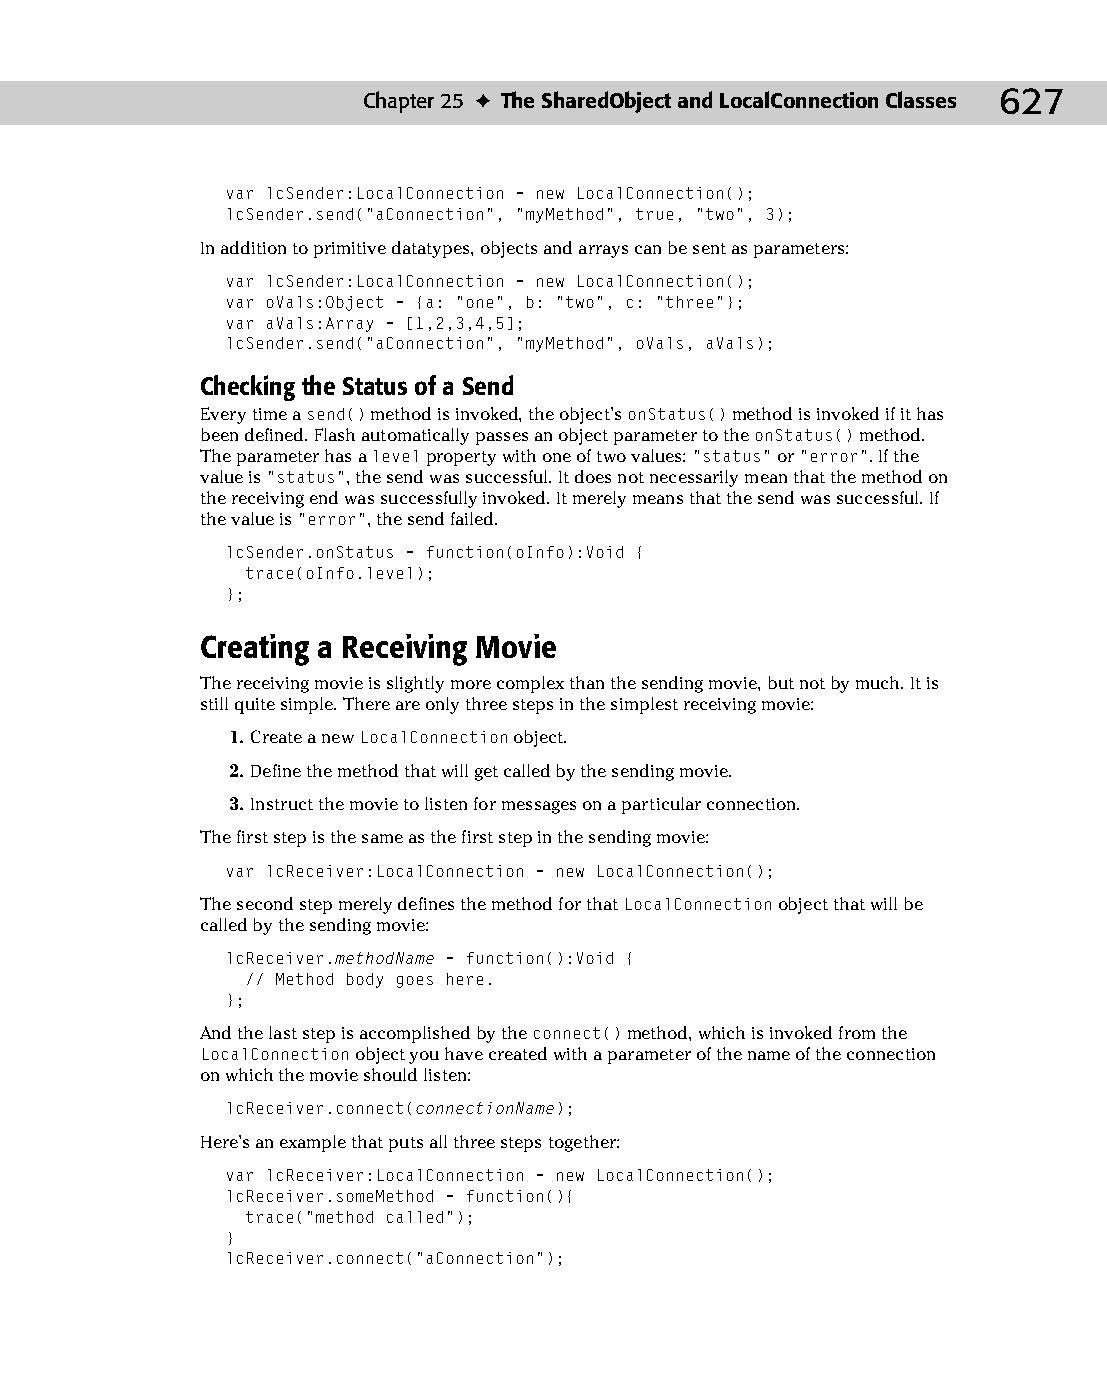
33 543547 ch25.qxd 3/24/04 4:08 PM Page 627
 Chapter 25 ✦ The SharedObject and LocalConnection Classes 627
 var lcSender:LocalConnection = new LocalConnection();
 lcSender.send(“aConnection”, “myMethod”, true, “two”, 3);
 In addition to primitive datatypes, objects and arrays can be sent as parameters:
 var lcSender:LocalConnection = new LocalConnection();
 var oVals:Object = {a: “one”, b: “two”, c: “three”};
 var aVals:Array = [1,2,3,4,5];
 lcSender.send(“aConnection”, “myMethod”, oVals, aVals);
 Checking the Status of a Send
 Every time a send() method is invoked, the object’s onStatus() method is invoked if it has
 been defined. Flash automatically passes an object parameter to the onStatus() method.
 The parameter has a level property with one of two values: “status” or “error”. If the
 value is “status”, the send was successful. It does not necessarily mean that the method on
 the receiving end was successfully invoked. It merely means that the send was successful. If
 the value is “error”, the send failed.
 lcSender.onStatus = function(oInfo):Void {
 trace(oInfo.level);
 };
 Creating a Receiving Movie
 The receiving movie is slightly more complex than the sending movie, but not by much. It is
 still quite simple. There are only three steps in the simplest receiving movie:
 1. Create a new LocalConnection object.
 2. Define the method that will get called by the sending movie.
 3. Instruct the movie to listen for messages on a particular connection.
 The first step is the same as the first step in the sending movie:
 var lcReceiver:LocalConnection = new LocalConnection();
 The second step merely defines the method for that LocalConnection object that will be
 called by the sending movie:
 lcReceiver.methodName = function():Void {
 // Method body goes here.
 };
 And the last step is accomplished by the connect() method, which is invoked from the
 LocalConnection object you have created with a parameter of the name of the connection
 on which the movie should listen:
 lcReceiver.connect(connectionName);
 Here’s an example that puts all three steps together:
 var lcReceiver:LocalConnection = new LocalConnection();
 lcReceiver.someMethod = function(){
 trace(“method called”);
 }
 lcReceiver.connect(“aConnection”);